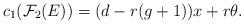
LaTeX: \begin{align*} c_1(\mathcal{F}_2(E)) = (d - r(g+1))x + r\theta.\end{align*}